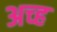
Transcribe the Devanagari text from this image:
अच्ह